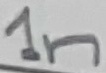
Text: 1n